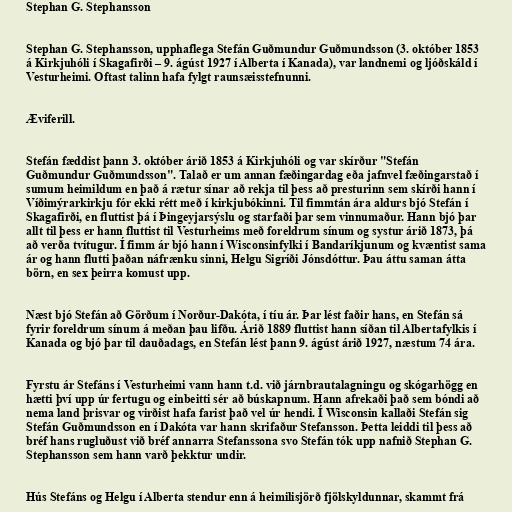
Stephan G. Stephansson

Stephan G. Stephansson, upphaflega Stefán Guðmundur Guðmundsson (3. október 1853
á Kirkjuhóli í Skagafirði – 9. ágúst 1927 í Alberta í Kanada), var landnemi og ljóðskáld í
Vesturheimi. Oftast talinn hafa fylgt raunsæisstefnunni.

Æviferill.

Stefán fæddist þann 3. október árið 1853 á Kirkjuhóli og var skírður "Stefán
Guðmundur Guðmundsson". Talað er um annan fæðingardag eða jafnvel fæðingarstað í
sumum heimildum en það á rætur sínar að rekja til þess að presturinn sem skírði hann í
Víðimýrarkirkju fór ekki rétt með í kirkjubókinni. Til fimmtán ára aldurs bjó Stefán í
Skagafirði, en fluttist þá í Þingeyjarsýslu og starfaði þar sem vinnumaður. Hann bjó þar
allt til þess er hann fluttist til Vesturheims með foreldrum sínum og systur árið 1873, þá
að verða tvítugur. Í fimm ár bjó hann í Wisconsinfylki í Bandaríkjunum og kvæntist sama
ár og hann flutti þaðan náfrænku sinni, Helgu Sigríði Jónsdóttur. Þau áttu saman átta
börn, en sex þeirra komust upp.

Næst bjó Stefán að Görðum í Norður-Dakóta, í tíu ár. Þar lést faðir hans, en Stefán sá
fyrir foreldrum sínum á meðan þau lifðu. Árið 1889 fluttist hann síðan til Albertafylkis í
Kanada og bjó þar til dauðadags, en Stefán lést þann 9. ágúst árið 1927, næstum 74 ára.

Fyrstu ár Stefáns í Vesturheimi vann hann t.d. við járnbrautalagningu og skógarhögg en
hætti því upp úr fertugu og einbeitti sér að búskapnum. Hann afrekaði það sem bóndi að
nema land þrisvar og virðist hafa farist það vel úr hendi. Í Wisconsin kallaði Stefán sig
Stefán Guðmundsson en í Dakóta var hann skrifaður Stefansson. Þetta leiddi til þess að
bréf hans rugluðust við bréf annarra Stefanssona svo Stefán tók upp nafnið Stephan G.
Stephansson sem hann varð þekktur undir.

Hús Stefáns og Helgu í Alberta stendur enn á heimilisjörð fjölskyldunnar, skammt frá